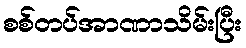
စစ်တပ်အာဏာသိမ်းပြီး